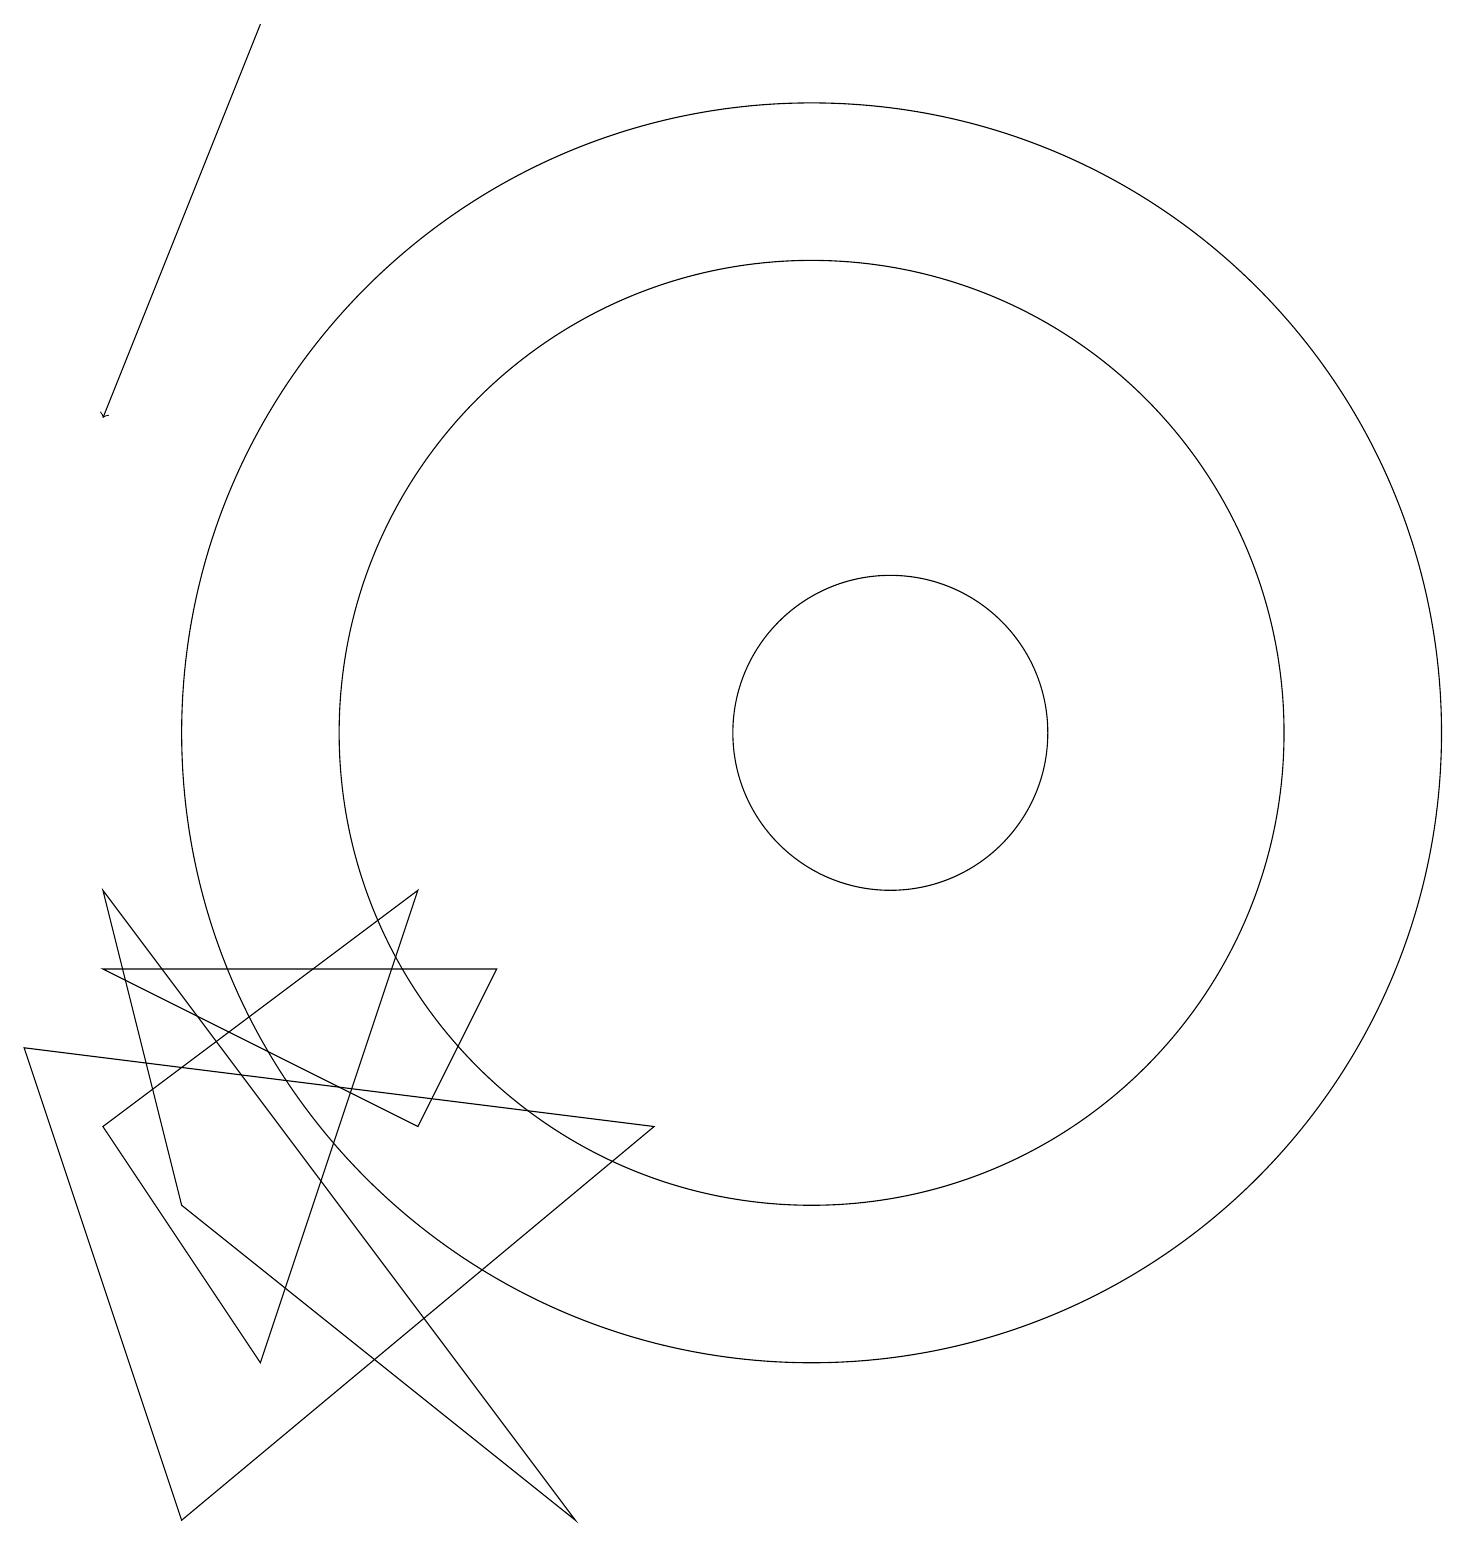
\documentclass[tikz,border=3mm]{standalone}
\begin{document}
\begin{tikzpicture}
\draw (6,5) -- (7,7) -- (2,7) -- cycle;
\draw (2,8) -- (8,0) -- (3,4) -- cycle;
\draw (11,10) circle (6);
\draw (6,8) -- (2,5) -- (4,2) -- cycle;
\draw (12,10) circle (2);
\draw[->] (4,19) -- (2,14);
\draw (3,0) -- (1,6) -- (9,5) -- cycle;
\draw (11,10) circle (8);
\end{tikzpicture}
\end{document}